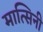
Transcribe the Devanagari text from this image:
मात्सिनी